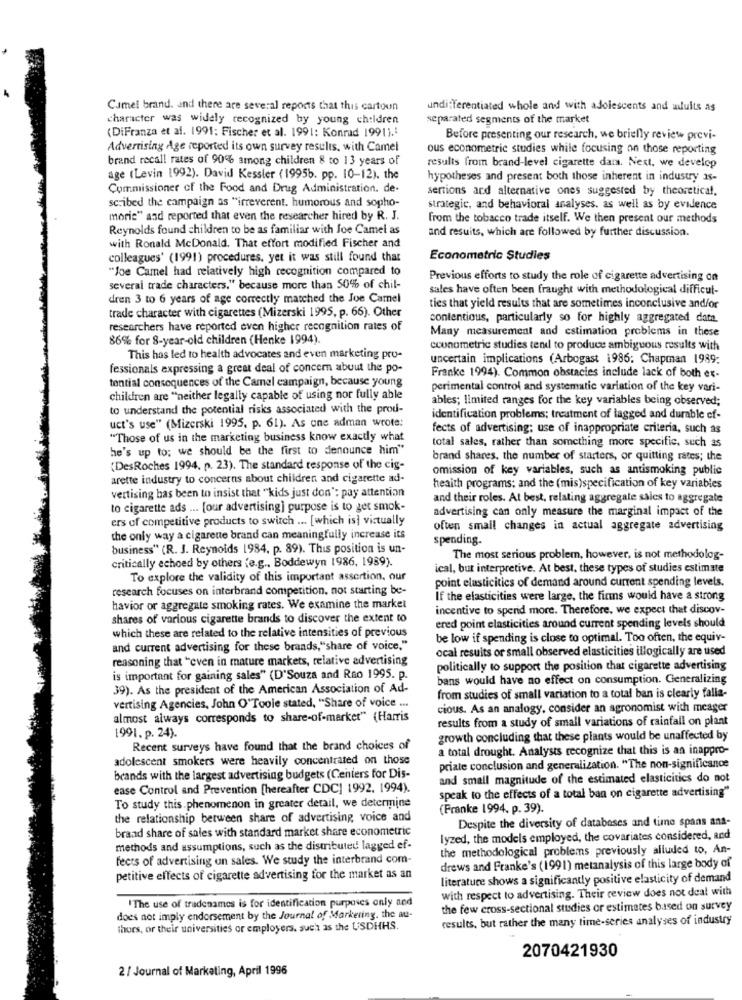
Cumel brand. and there are several reports that this cartoon
undifferentiated whole and with adolescents and wduits as
character was widely recognized by young children
separated segments of the market
(DiFranza et al. 1991; Fischer et al. 1991: Konrad 1991) .:
Before presenting our research, we briefly review previ-
Advertising Age reported its own survey results, with Camel
ous econometric studies while focusing on those reporting
brand recall rates of 90% among children 8 to 13 years of
results from brand-level cigarette dama. Next, we develop
age (Levin 1992). David Kessler (1995b. pp. 10-12). the
hypotheses and present both those inherent in industry as-
Commissioner of the Food and Drug Administration. de-
sertions and alternative ones suggested by theoretical,
scribed the campaign as "irreverent. humorous and sopho-
strategic, and behavioral analyses. as well as by evidence
moris" and reported that even the researcher hired by R. J.
from the tobacco trade itself. We then present our methods
Reynolds found children to be as familiar with Joe Camel as
and resuits, which are followed by further discussion.
with Ronald McDonald. That effort modified Fischer and
colleagues' (1991) procedures, yet it was still found that
Econometric Studies
"Joe Camel had relatively high recognition compared to
Previous efforts to study the role of cigarette advertising on
several trade characters." because more than 50% of chil-
sales have often been fraught with methodological difficul-
dren 3 to 6 years of age correctly matched the Joe Camel
trade character with cigarettes (Mizerski 1995, p. 66). Other
ties that yield results that are sometimes inconclusive and/or
contentious, particularly so for highly aggregated data.
researchers have reported even higher recognition rates of
Many measurement and estimation problems in these
86% for 8-year-old children (Henke 1994).
econometric studies tend to produce ambiguous results with
This has led to health advocates and even marketing pro-
uncertain implications (Arbogast 1986; Chapman 1989;
fessionals expressing a great deal of concern about the po-
tential consequences of the Camel campaign, because young
Franke 1994). Common obstacles include lack of both ex-
perimental control and systematic variation of the key vari-
children are "neither legally capable of using nor fully able
ables; limited ranges for the key variables being observed;
to understand the potential risks associated with the prod-
identification problems; treatment of lagged and durable ef-
uct's use" (Mizerski 1995, p. 61). As one adman wrote:
fects of advertising; use of inappropriate criteria, such as
"Those of us in the marketing business know exactly what
he's up to; we should be the first to denounce him"
total sales, rather than something more specific, such as
brand shares, the number of starters, or quitting rates; the
(DesRoches 1994. p. 23). The standard response of the cig-
omission of key variables, such as antismoking public
arette industry to concerns about children and cigarette ad-
heaith programs: and the (mis)specification of key variables
vertising has been to insist that "kids just don": pay attention
and their roles. At best, relating aggregate sales to aggregate
to cigarette ads ... [our advertising) purpose is to get smok-
advertising can only measure the marginal impact of the
ers of competitive products to switch ... [which is] virtually
often small changes in actual aggregate advertising
the only way a cigarette brand can meaningfully increase its
spending.
business" (R. J. Reynolds 1984. p. 89). This position is un-
critically echoed by others (e.g ., Boddewyn 1986, 1989).
The most serious problem, however, is not methodolog-
ical, but interpretive. At best, these types of studies estimate
To explore the validity of this important assertion, our
point elasticities of demand around current spending levels.
research focuses on interbrand competition. not starting be-
If the elasticities were large, the finns would have a strong
havior or aggregate smoking rates. We examine the market
incentive to spend more. Therefore, we expect that discov-
shares of various cigarette brands to discover the extent to
which these are related to the relative intensities of previous
ered point elasticities around current spending levels should
be low if spending is close to optimal. Too often, the equiv-
and current advertising for these brands,"share of voice,"
ocal resuits or small observed elasticities illogically are used
reasoning that "even in mature markets, relative advertising
politically to support the position that cigarette advertising
is important for gaining sales" (D'Souza and Rao 1995. p.
bans would have no effect on consumption. Generalizing
39). As the president of the American Association of Ad-
vertising Agencies, John O'Toole stated, "Share of voice ...
from studies of small variation to a total ban is clearly falla-
cious. As an analogy, consider an agronomist with meager
almost always corresponds to share-of-market" {Harris
results from a study of small variations of rainfall on plant
1991. p. 24).
growth concluding that these plants would be unaffected by
Recent surveys have found that the brand choices of
a total drought. Analysts recognize that this is an inappro-
adolescent smokers were heavily concentrated on those
priate conclusion and generalization. "The non-significance
brands with the largest advertising budgets (Centers for Dis-
and small magnitude of the estimated elasticitics do not
ease Control and Prevention [hereafter CDC] 1992. 1994).
speak to the effects of a total ban on cigarette advertising"
To study this.phenomenon in greater detail, we determine
(Franke 1994, p. 39).
the relationship between share of advertising voice and
Despite the diversity of databases and time spans ans-
brand share of sales with standard market share econometric
lyzed, the models employed, the covariates considered, and
methods and assumptions, such as the distributed lagged ef-
the methodological problems previously alluded to, An-
fects of advertising on sales. We study the interbrand com-
drews and Franke's (1991) metanalysis of this large body of
petitive effects of cigarette advertising for the market as an
literature shows a significantly positive elasticity of demand
with respect to advertising. Their review does not deal with
IThe use of tradenames is for identification purposes only ned
the few cross-sectional studies or estimates based on survey
does not imply endorsement by the Journal of Marketing, the au-
results, but rather the many time-series analyses of industry
thurs, or their universities or employers. such as the USDHHS.
2070421930
2 / Journal of Markaling, April 1996